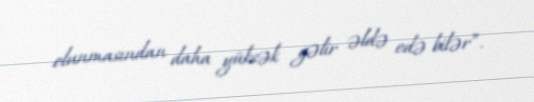
olunmasından daha yüksək gəlir əldə edə bilər”.